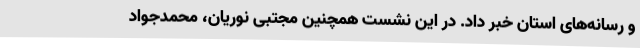
و رسانه‌های استان خبر داد. در این نشست همچنین مجتبی نوریان، محمدجواد